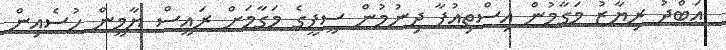
ޢަބްދު ރިޔާޒު މަގާމުން އިސްތިއުފާ ދިނުމުން ސީޕީގެ މަގާމަށް ރައީސް ޔާމީން ހުސެއިން